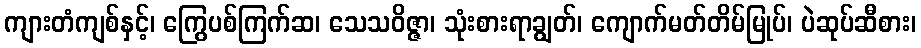
ကျားတံကျစ်နှင့်၊ ကြွေပစ်ကြက်ဆ၊ သေသဝိဇ္ဇာ၊ သုံးစားရာချွတ်၊ ကျောက်မတ်တိမ်မြုပ်၊ ပဲဆုပ်ဆီစား၊